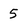
Character: 5